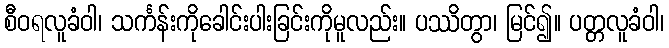
စီဝရလူခံဝါ၊ သင်္ကန်းကိုခေါင်းပါးခြင်းကိုမူလည်း။ ပဿိတွာ၊ မြင်၍။ ပတ္တလူခံဝါ၊